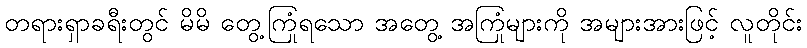
တရားရှာခရီးတွင် မိမိ တွေ့ကြုံရသော အတွေ့ အကြုံများကို အများအားဖြင့် လူတိုင်း